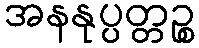
အနနုပ္ပတ္တဉ္စ